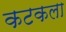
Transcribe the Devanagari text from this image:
कटकला